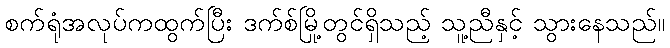
စက်ရုံအလုပ်ကထွက်ပြီး ဒက်စ်မြို့တွင်ရှိသည့် သူ့ညီနှင့် သွားနေသည်။